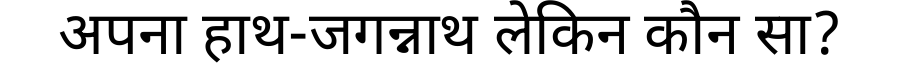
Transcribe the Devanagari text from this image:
अपना हाथ-जगन्नाथ लेकिन कौन सा?